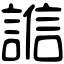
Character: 𧪄